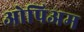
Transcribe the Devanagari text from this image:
ओपिअम